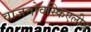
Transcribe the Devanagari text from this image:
वाजनोवस्किएलीज